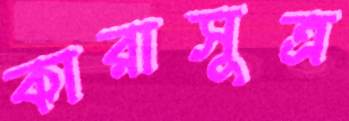
কারাসূত্র